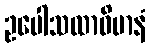
ဥပေါသထာဝိမာနံ